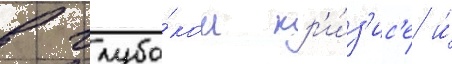
в глубо́ком кр'и́з'ис'е и́